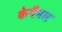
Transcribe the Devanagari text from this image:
केपैनल